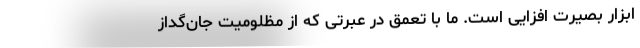
ابزار بصیرت افزایی است. ما با تعمق در عبرتی که از مظلومیت جان‌گداز